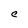
Character: C